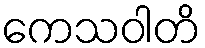
ကေသဝါတိ